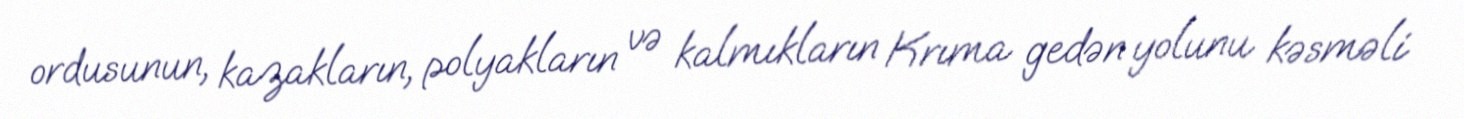
ordusunun, kazakların, polyakların və kalmıkların Krıma gedən yolunu kəsməli